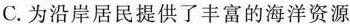
C.为沿岸居民提供了丰富的海洋资源